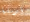
أرسلها